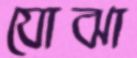
যোঝা